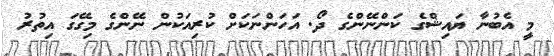
މީ އެބުނާ ޔައިޝްގެ ކަންނޭންގެ ދޯ. އަހަންނަކަށް ކުރިއަކުން ނޭންގެ މިގޭގަ އިތުރު